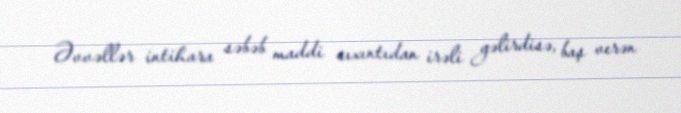
Əvvəllər intihara səbəb maddi sıxıntıdan irəli gəlirdisə, baş verən